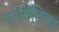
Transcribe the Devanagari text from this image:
एरोमेटिका